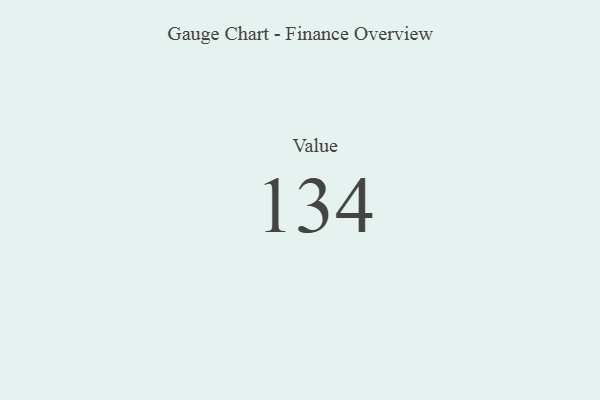
{"axis": {"x": "Metric", "y": "Value"}, "legend": [""], "data": [{"x": "Value", "y": 134, "type": ""}]}